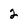
Character: 2